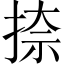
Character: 捺